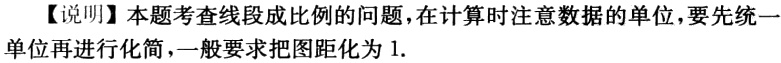
【说明】本题考查线段成比例的问题，在计算时注意数据的单位，要先统一单位再进行化简，一般要求把图距化为 1.